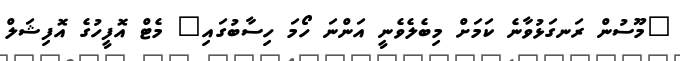
"މޫސުން ރަނގަޅުވާނެ ކަމަށް މިބެލެވެނީ އަންނަ ހޯމަ ހިސާބުގައި" މެޓް އޮފީހުގެ އޮފިޝަލް